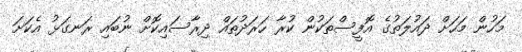
މަހުން މަހަށް ދައުލަތުގެ އޮފީސްތަކުން ކުރާ ހަރަދުތައް ދިރާސައިކޮށް ނުބައި ރަނގަޅު އެކަށަ